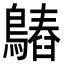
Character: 𪄻